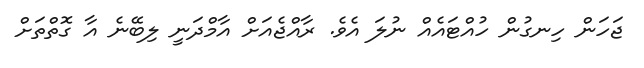
ޖަހަން ހިނގުން ހުއްޓައެއް ނުލަ އެވެ. ރާއްޖެއަށް އާމްދަނީ ލިބޭނެ އާ ގޮތްތަަށް